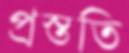
প্রস্ততি